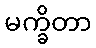
မက္ခိတာ